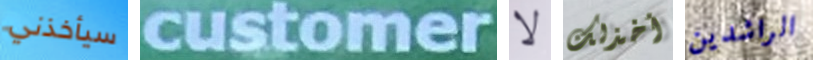
سيأخذني customer لا أخذلك الراشدين